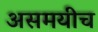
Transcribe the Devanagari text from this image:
असमयीच